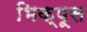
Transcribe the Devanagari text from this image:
भिक्षूस